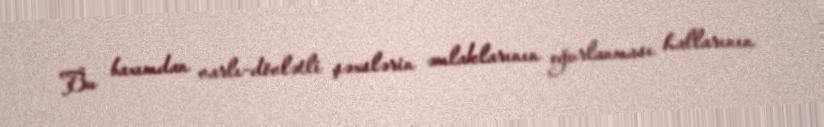
Bu baxımdan varlı-dövlətli şəxslərin əmlaklarının oğurlanması hallarının